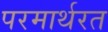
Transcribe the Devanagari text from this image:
परमार्थरत